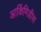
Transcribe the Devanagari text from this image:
आर्किमिडीस